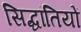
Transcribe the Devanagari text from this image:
सिद्धांतियों